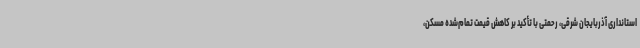
استانداری آذربایجان شرقی، رحمتی با تأکید بر کاهش قیمت تمام‌شده مسکن،